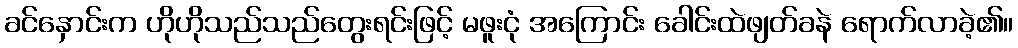
ခင်နှောင်းက ဟိုဟိုသည်သည်တွေးရင်းဖြင့် မဖူးငုံ အကြောင်း ခေါင်းထဲဖျတ်ခနဲ ရောက်လာခဲ့၏။